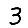
Digit: 3